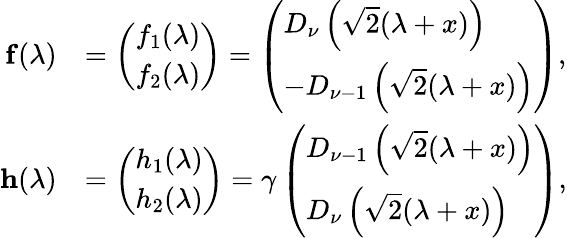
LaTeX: \begin{array}{rl}{\mathbf{f}(\lambda)}&{=\left(\begin{array}{l}{f_{1}(\lambda)}\\ {f_{2}(\lambda)}\end{array}\right)=\left(\begin{array}{l}{D_{\nu}\left(\sqrt{2}(\lambda+x)\right)}\\ {-D_{\nu-1}\left(\sqrt{2}(\lambda+x)\right)}\end{array}\right),}\\ {\mathbf{h}(\lambda)}&{=\left(\begin{array}{l}{h_{1}(\lambda)}\\ {h_{2}(\lambda)}\end{array}\right)=\gamma\left(\begin{array}{l}{D_{\nu-1}\left(\sqrt{2}(\lambda+x)\right)}\\ {D_{\nu}\left(\sqrt{2}(\lambda+x)\right)}\end{array}\right),}\end{array}